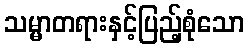
သမ္မာတရားနှင့်ပြည့်စုံသော